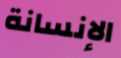
الإنسانة